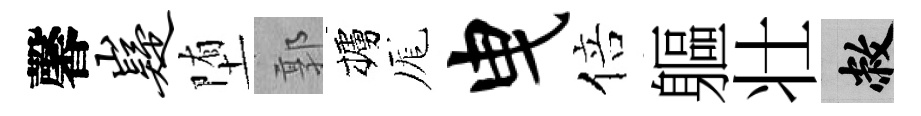
馨嶷堕郭櫨厖曳倍軀壮敝